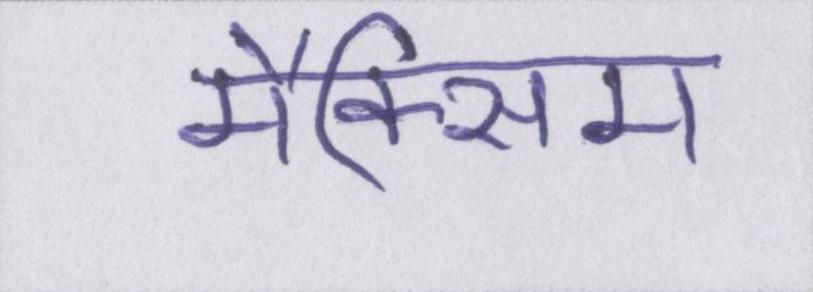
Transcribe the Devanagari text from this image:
मैक्सिम